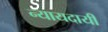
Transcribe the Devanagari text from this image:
न्यायदायी